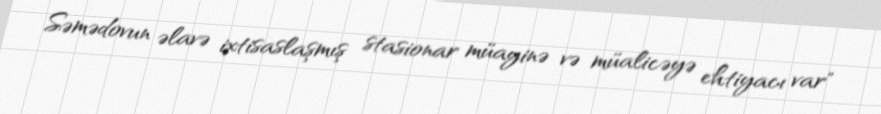
Səmədovun əlavə ixtisaslaşmış stasionar müayinə və müalicəyə ehtiyacı var"